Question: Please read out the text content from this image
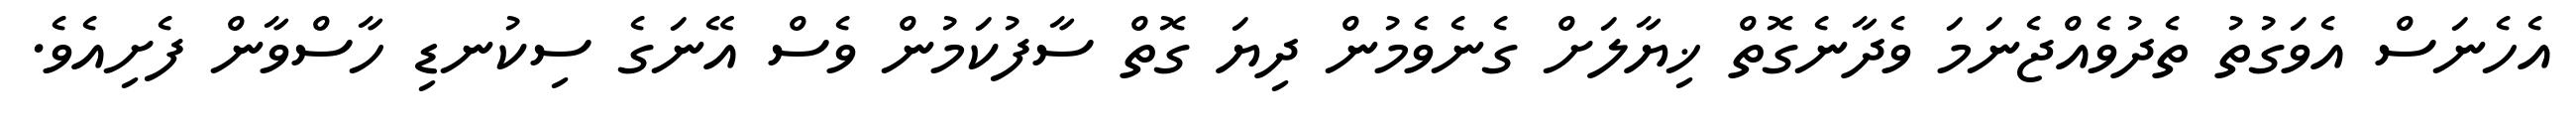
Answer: އެހެނަސް އެވަގުތު ތެދުވެއްޖެނަމަ ވެދާނެގޮތް ޚިޔާލަށް ގެނެވެމުން ދިޔަ ގޮތް ސާފުކަމުން ވެސް އޭނަގެ ސިކުނޑި ހާސްވާން ފެށިއެވެ.